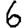
Digit: 6